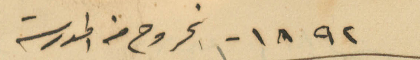
1892 - الخروج من المدرسة